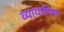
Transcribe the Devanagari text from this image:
व्यायामिक